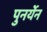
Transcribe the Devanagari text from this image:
पुनर्येन